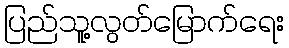
ပြည်သူ့လွတ်မြောက်ရေး